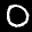
Label: 0